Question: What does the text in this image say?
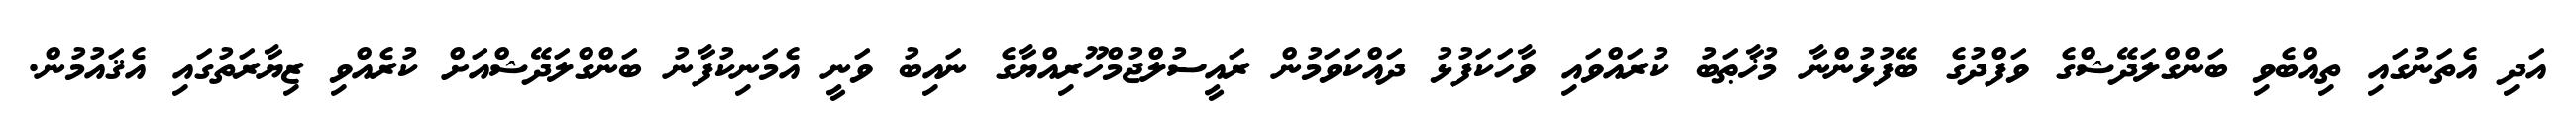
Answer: އަދި އެތަނުގައި ތިއްބެވި ބަންގްލަދޭޝްގެ ވަފްދުގެ ބޭފުޅުންނާ މުޚާޠަބު ކުރައްވައި ވާހަކަފުޅު ދައްކަވަމުން ރައީސުލްޖުމްހޫރިއްޔާގެ ނައިބު ވަނީ އެމަނިކުފާނު ބަންގްލަދޭޝްއަށް ކުރެއްވި ޒިޔާރަތުގައި އެޤައުމުން.